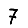
Digit: 7